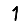
Digit: 1